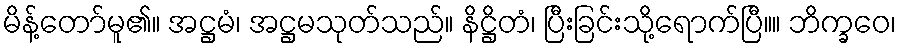
မိန့်တော်မူ၏။ အဋ္ဌမံ၊ အဋ္ဌမသုတ်သည်။ နိဋ္ဌိတံ၊ ပြီးခြင်းသို့ရောက်ပြီ။။ ဘိက္ခဝေ၊